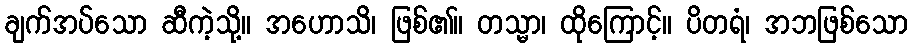
ချက်အပ်သော ဆီကဲ့သို့။ အဟောသိ၊ ဖြစ်၏။ တသ္မာ၊ ထိုကြောင့်။ ပိတရံ၊ အဘဖြစ်သော